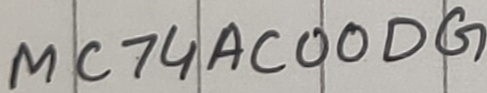
Text: MC74AC00DG